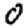
Digit: 0